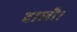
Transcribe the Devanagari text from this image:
दाली।